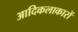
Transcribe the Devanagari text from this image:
आदिकलाकारों